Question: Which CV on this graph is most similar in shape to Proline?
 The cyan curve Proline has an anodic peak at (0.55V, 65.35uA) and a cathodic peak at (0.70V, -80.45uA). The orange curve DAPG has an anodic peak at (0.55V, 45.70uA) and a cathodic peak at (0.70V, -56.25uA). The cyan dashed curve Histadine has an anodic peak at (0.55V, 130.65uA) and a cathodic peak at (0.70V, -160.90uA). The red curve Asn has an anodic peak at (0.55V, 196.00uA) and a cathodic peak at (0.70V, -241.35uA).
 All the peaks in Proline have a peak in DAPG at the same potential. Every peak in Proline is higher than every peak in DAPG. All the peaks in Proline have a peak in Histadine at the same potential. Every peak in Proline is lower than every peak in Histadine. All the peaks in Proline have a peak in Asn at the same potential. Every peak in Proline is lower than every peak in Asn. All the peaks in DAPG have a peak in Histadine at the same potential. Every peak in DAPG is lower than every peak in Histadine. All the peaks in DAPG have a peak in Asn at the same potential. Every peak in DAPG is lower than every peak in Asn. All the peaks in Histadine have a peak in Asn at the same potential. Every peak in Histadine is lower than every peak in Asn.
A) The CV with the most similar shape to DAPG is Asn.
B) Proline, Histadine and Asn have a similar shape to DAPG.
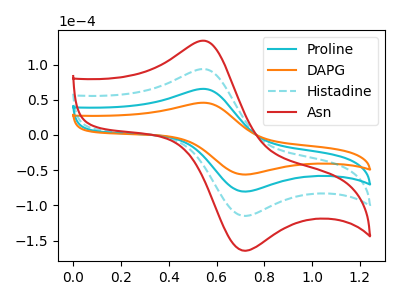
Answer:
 <answer>B) "Proline", "Histadine" and "Asn" have a similar shape to "DAPG".</answer>
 <eval>B</eval>